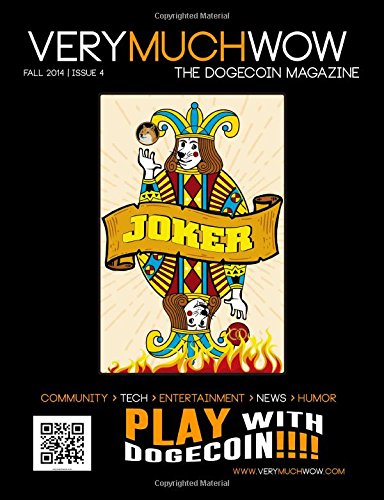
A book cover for Very Much Wow | The Dogecoin Magazine | Fall 2014; Birdie Jaworski; Computers & Technology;